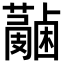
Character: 𧃭